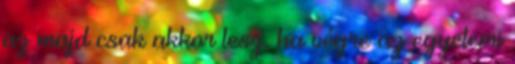
az majd csak akkor lesz, ha végre az egyetemi